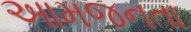
આમજનતા